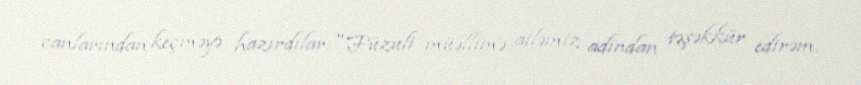
canlarından keçməyə hazırdılar:"Füzuli müəllimə ailəmiz adindan təşəkkür edirəm.